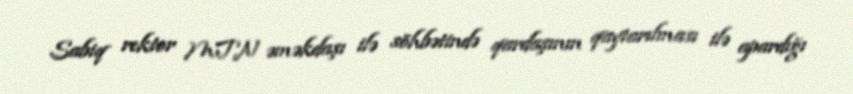
Sabiq rektor MTN əməkdaşı ilə söhbətində qardaşının qaytarılması ilə apardığı